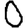
Digit: 0